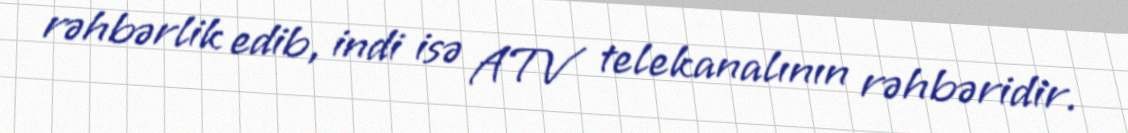
rəhbərlik edib, indi isə ATV telekanalının rəhbəridir.